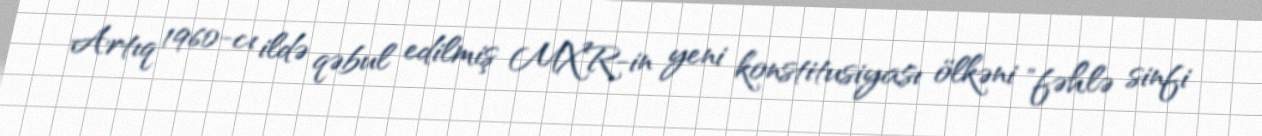
Artıq 1960-cı ildə qəbul edilmiş MXR-in yeni konstitusiyası ölkəni "fəhlə sinfi